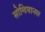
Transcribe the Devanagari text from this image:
सोग्दियानस